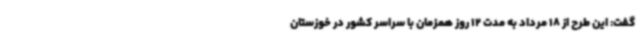
گفت: این طرح از 18 مرداد به مدت 12 روز همزمان با سراسر کشور در خوزستان